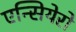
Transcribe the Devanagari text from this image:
एन्सियेरो